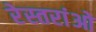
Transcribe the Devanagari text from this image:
रेस्तरांओ